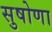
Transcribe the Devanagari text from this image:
सुषोणा